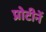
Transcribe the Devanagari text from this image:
प्रोटीनें